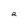
Character: R